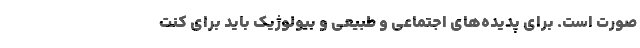
صورت است. برای پدیده‌های اجتماعی و طبیعی و بیولوژیک باید برای کنت